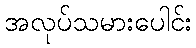
အလုပ်သမားပေါင်း